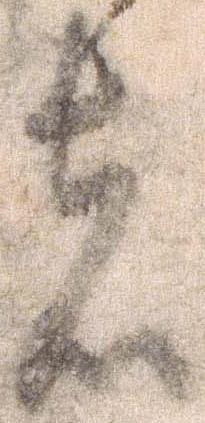
者